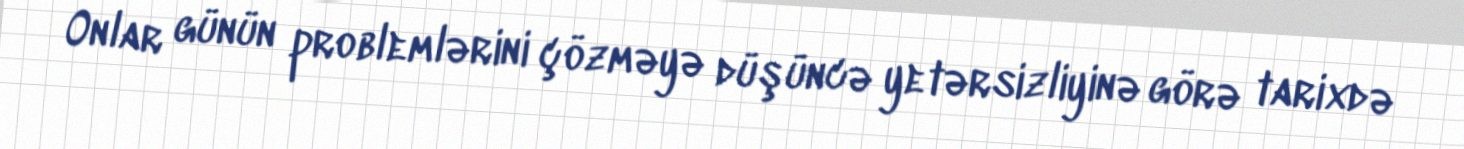
Onlar günün problemlərini çözməyə düşüncə yetərsizliyinə görə tarixdə